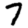
Digit: 7